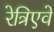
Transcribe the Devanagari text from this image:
रेत्रिएवे